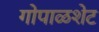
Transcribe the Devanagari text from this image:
गोपाळशेट